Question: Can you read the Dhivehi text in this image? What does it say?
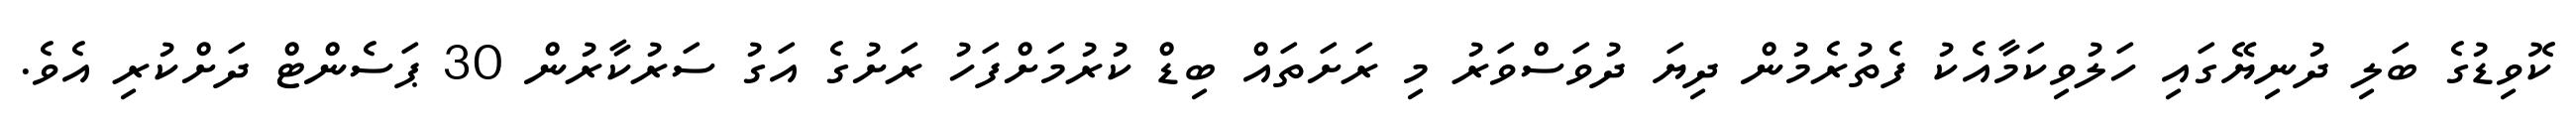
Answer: ކޮވިޑުގެ ބަލި ދުނިޔޭގައި ހަލުވިކަމާއެކު ފެތުރެމުން ދިޔަ ދުވަސްވަރު މި ރަށަތައް ބިޑް ކުރުމަށްފަހު ރަށުގެ އަގު ސަރުކާރުން 30 ޕަސެންޓް ދަށްކުރި އެވެ.